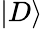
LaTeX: \left\vert D\right\rangle